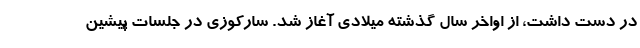
در دست داشت، از اواخر سال گذشته میلادی آغاز شد. سارکوزی در جلسات پیشین